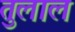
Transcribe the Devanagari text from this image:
तुलाल